Report of the Municipal Commissioner on the plague in Bombay for the year ending 31st May... - Volume 1
Disease focus: Plague
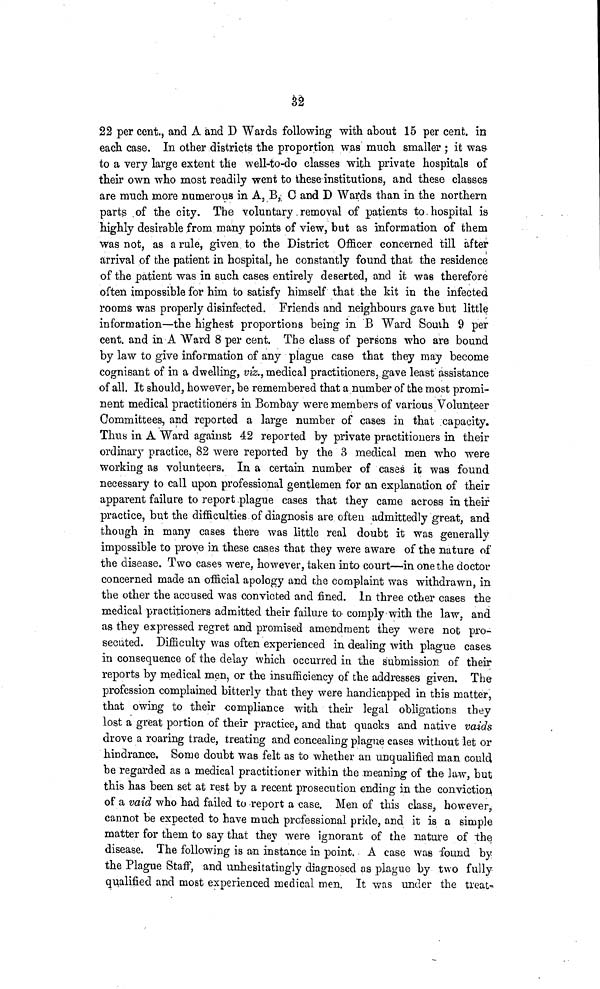
32
22 per cent., and A and D Wards following with about 15 per cent, in
each case. In other districts the proportion was much smaller ; it was
to a very large extent the well-to-do classes with private hospitals of
their own who most readily went to these institutions, and these classes
are much more numerous in A, B, C and D Wards than in the northern
parts of the city. The voluntary removal of patients to hospital is
highly desirable from many points of view, but as information of them
was not, as a rule, given to the District Officer concerned till after
arrival of the patient in hospital, he constantly found that the residence
of the patient was in such cases entirely deserted, and it was therefore
often impossible for him to satisfy himself that the kit in the infected
rooms was properly disinfected. Friends and neighbours gave but little
information—the highest proportions being in B Ward South 9 per
cent, and in A Ward 8 per cent. The class of persons who are bound
by law to give information of any plague case that they may become
cognisant of in a dwelling, viz., medical practitioners, gave least assistance
of all. It should, however, be remembered that a number of the most promi-
nent medical practitioners in Bombay were members of various Volunteer
Committees, and reported a large number of cases in that capacity.
Thus in A Ward against 42 reported by private practitioners in their
ordinary practice, 82 were reported by the 3 medical men who were
working as volunteers. In a certain number of cases it was found
necessary to call upon professional gentlemen for an explanation of their
apparent failure to report plague cases that they came across in their
practice, but the difficulties of diagnosis are often admittedly great, and
though in many cases there was little real doubt it was generally
impossible to prove in these cases that they were aware of the nature of
the disease. Two cases were, however, taken into court—in one the doctor
concerned made an official apology and the complaint was withdrawn, in
the other the accused was convicted and fined. In three other cases the
medical practitioners admitted their failure to comply with the law, and
as they expressed regret and promised amendment they were not pro-
secuted. Difficulty was often experienced in dealing with plague cases
in consequence of the delay which occurred in the submission of their
reports by medical men, or the insufficiency of the addresses given. The
profession complained bitterly that they were handicapped in this matter,
that owing to their compliance with their legal obligations they
lost a great portion of their practice, and that quacks and native vaids
drove a roaring trade, treating and concealing plague cases without let or
hindrance, Some doubt was felt as to whether an unqualified man could
be regarded as a medical practitioner within the meaning of the law, but
this has been set at rest by a recent prosecution ending in the conviction
of a vaid who had failed to report a case. Men of this class, however,
cannot be expected to have much professional pride, and it is a simple
matter for them to say that they were ignorant of the nature of the
disease. The following is an instance in point. A case was found by
the Plague Staff, and unhesitatingly diagnosed as plague by two fully
qualified and most experienced medical men. It was under the treat-